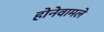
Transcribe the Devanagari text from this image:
होनेवामले